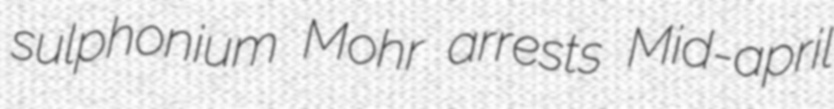
sulphonium Mohr arrests Mid-april